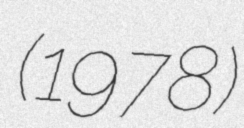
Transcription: (1978)